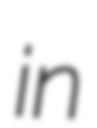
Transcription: in